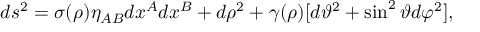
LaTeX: d s ^ { 2 } = \sigma ( \rho ) \eta _ { A B } d x ^ { A } d x ^ { B } + d \rho ^ { 2 } + \gamma ( \rho ) [ d \vartheta ^ { 2 } + \sin ^ { 2 } { \vartheta } d \varphi ^ { 2 } ] ,